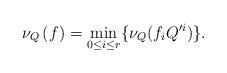
LaTeX: \begin{align*}\nu_Q\left(f\right)=\min_{0\leq i\leq r}\{\nu_Q(f_iQ'^i)\}.\end{align*}